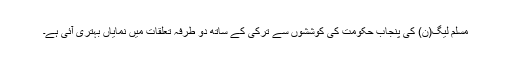
مسلم لیگ(ن) کی پنجاب حکومت کی کوششوں سے ترکی کے ساتھ دو طرفہ تعلقات میں نمایاں بہتری آئی ہے۔